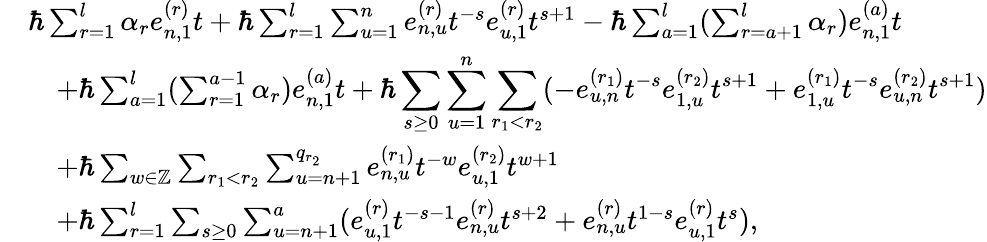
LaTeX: \begin{array}{rl}&{\hbar\sum_{r=1}^{l}\alpha_{r}e_{n,1}^{(r)}t+\hbar\sum_{r=1}^{l}\sum_{u=1}^{n}e_{n,u}^{(r)}t^{-s}e_{u,1}^{(r)}t^{s+1}-\hbar\sum_{a=1}^{l}(\sum_{r=a+1}^{l}\alpha_{r})e_{n,1}^{(a)}t}\\ &{\quad+\hbar\sum_{a=1}^{l}(\sum_{r=1}^{a-1}\alpha_{r})e_{n,1}^{(a)}t+\hbar\displaystyle\sum_{s\geq 0}\displaystyle\sum_{u=1}^{n}\sum_{r_{1}<r_{2}}(-e_{u,n}^{(r_{1})}t^{-s}e_{1,u}^{(r_{2})}t^{s+1}+e_{1,u}^{(r_{1})}t^{-s}e_{u,n}^{(r_{2})}t^{s+1})}\\ &{\quad+\hbar\sum_{w\in\mathbb{Z}}\sum_{r_{1}<r_{2}}\sum_{u=n+1}^{q_{r_{2}}}e_{n,u}^{(r_{1})}t^{-w}e_{u,1}^{(r_{2})}t^{w+1}}\\ &{\quad+\hbar\sum_{r=1}^{l}\sum_{s\geq 0}\sum_{u=n+1}^{a}(e_{u,1}^{(r)}t^{-s-1}e_{n,u}^{(r)}t^{s+2}+e_{n,u}^{(r)}t^{1-s}e_{u,1}^{(r)}t^{s}),}\end{array}